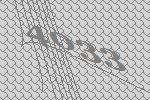
4033